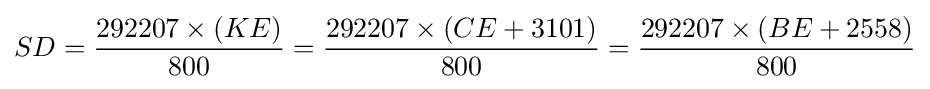
SD={\frac {292207\times \left(KE\right)}{800}}={\frac {292207\times \left(CE+3101\right)}{800}}={\frac {292207\times \left(BE+2558\right)}{800}}